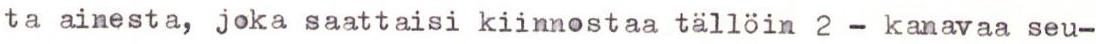
ta ainesta, joka saattaisi kiinnostaa tällöin 2 - kanavaa seu-